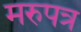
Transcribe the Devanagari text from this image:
मरुपत्र